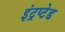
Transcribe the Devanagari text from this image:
इंट्रप्टेड